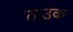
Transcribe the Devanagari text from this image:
ठाउक